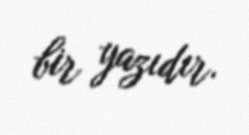
bir yazıdır.